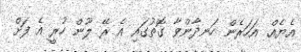
އެޔެއް. އަހަރެން ހަނދާންވާ ގޮތުގައި އެ ރޭ ލޫން ހުރީ އެ ފަށް